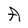
Character: A